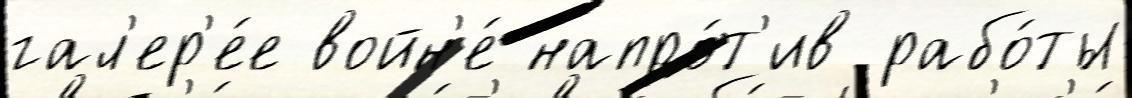
гал'ер'е́е войн'е́ напро́т'ив рабо́ты